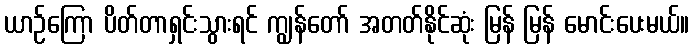
ယာဉ်ကြော ပိတ်တာရှင်းသွားရင် ကျွန်တော် အတတ်နိုင်ဆုံး မြန် မြန် မောင်းပေးမယ်။